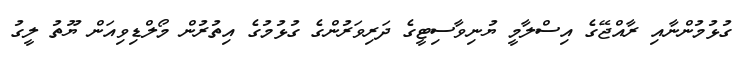
ގުޅުމުންނާއި ރާއްޖޭގެ އިސްލާމީ ޔުނިވާސިޓީގެ ދަރިވަރުންގެ ގުޅުމުގެ އިތުރުން މޯލްޑިވިއަން ޔޫތު ލީގު